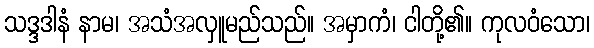
သဒ္ဒဒါနံ နာမ၊ အသံအလှူမည်သည်။ အမှာကံ၊ ငါတို့၏။ ကုလဝံသော၊